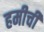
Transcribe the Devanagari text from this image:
हमीची